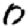
Digit: 0